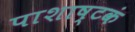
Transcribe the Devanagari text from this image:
पाशाष्टकं